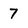
Character: 7